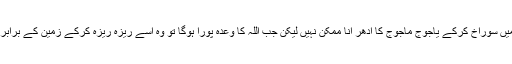
اگرچہ سدِ ذوالقرنین بڑی مضبوط بنا ئی گئی ہے جس کے اوپر چڑھ کر یا اس میں سوراخ کرکے یاجوج ماجوج کا اِدھر آنا ممکن نہیں لیکن جب اللہ کا وعدہ پورا ہوگا تو وہ اسے ریزہ ریزہ کرکے زمین کے برابر کر دے گا، اس وعدے سے مراد قیامت کے قریب یاجوج ماجوج کا ظہور ہے۔